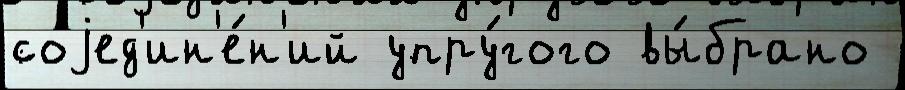
соjед'ин'е́н'ий упру́гого вы́брано